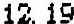
12.19